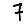
Digit: 7